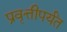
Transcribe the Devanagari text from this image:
प्रवृत्तीपर्यंत